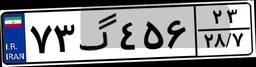
۷۳گ۴۵۶۲۳